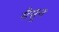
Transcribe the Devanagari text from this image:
सैसून